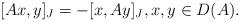
LaTeX: \begin{align*}[Ax,y]_J = -[x,Ay]_J,x,y\in D(A).\end{align*}